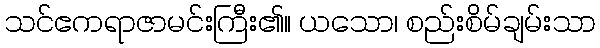
သင်ဧကရာဇာမင်းကြီး၏။ ယသော၊ စည်းစိမ်ချမ်းသာ